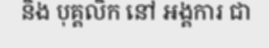
និង បុគ្គលិក នៅ អង្គការ ជា